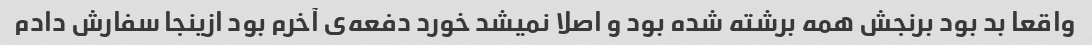
واقعا بد بود برنجش همه برشته شده بود و اصلا نمیشد خورد دفعه‌ی آخرم بود ازینجا سفارش دادم